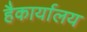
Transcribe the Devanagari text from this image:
हैकार्यालय